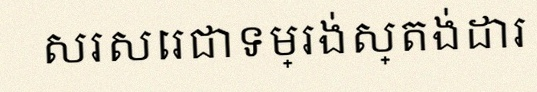
សរសេរជាទម្រង់ស្តង់ដារ